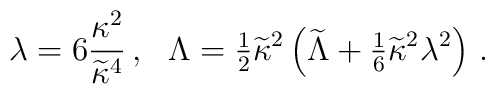
\lambda=6{\kappa^2\over\widetilde\kappa^4} \,, ~~ \Lambda ={\textstyle{1\over2}}\widetilde\kappa^2\left(\widetilde{\Lambda}+{\textstyle{1\over6}}\widetilde\kappa^2\lambda^2\right)\,.